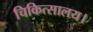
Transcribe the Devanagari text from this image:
चिकित्सालय।